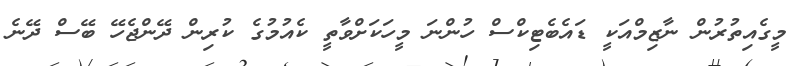
މީގެއިތުރުން ނާޒިމްއަކީ ޑައެބެޓިކްސް ހުންނަ މީހަކަށްވާތީ ކެއުމުގެ ކުރިން ދޭންޖެހޭ ބޭސް ދޭނެ